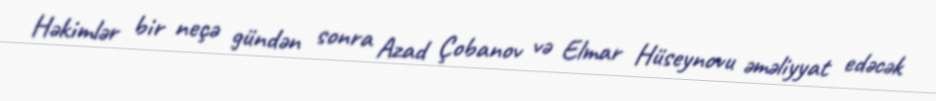
Həkimlər bir neçə gündən sonra Azad Çobanov və Elmar Hüseynovu əməliyyat edəcək